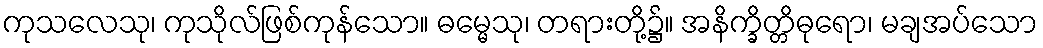
ကုသလေသု၊ ကုသိုလ်ဖြစ်ကုန်သော။ ဓမ္မေသု၊ တရားတို့၌။ အနိက္ခိတ္တိဓုရော၊ မချအပ်သော